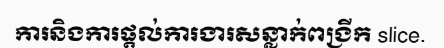
ការនិងការផ្តល់ការងារសន្លាក់ពង្រីក slice.